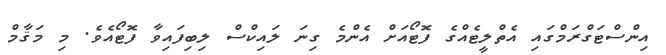
އިންސްޓަގްރަމްގައި އެތްލީޓެއްގެ ފޮޓޯއަށް އެންމެ ގިނަ ލައިކްސް ލިބިފައިވާ ފޮޓޯއެވެ. މި މަޤާމް